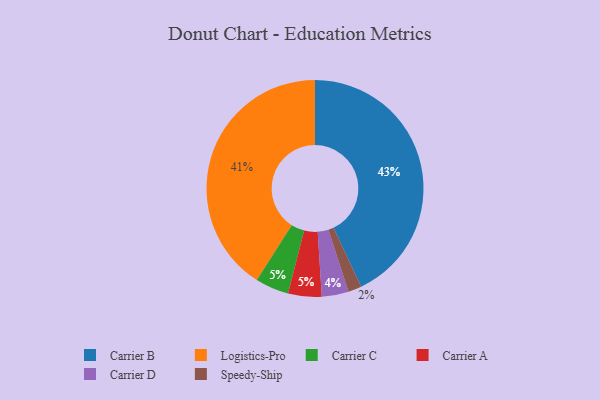
{"axis": {"x": "Category", "y": "Percentage"}, "legend": ["Carrier A", "Carrier B", "Carrier C", "Carrier D", "Logistics-Pro", "Speedy-Ship"], "data": [{"x": "Carrier B", "y": 43, "type": "Carrier B"}, {"x": "Logistics-Pro", "y": 41, "type": "Logistics-Pro"}, {"x": "Carrier D", "y": 4, "type": "Carrier D"}, {"x": "Carrier C", "y": 5, "type": "Carrier C"}, {"x": "Carrier A", "y": 5, "type": "Carrier A"}, {"x": "Speedy-Ship", "y": 2, "type": "Speedy-Ship"}]}